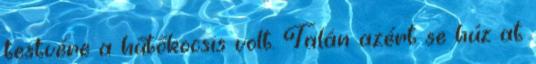
testvére a hűtőkocsis volt. Talán azért se húz at